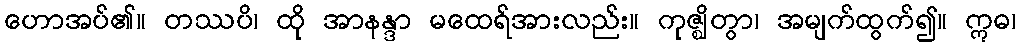
ဟောအပ်၏။ တဿပိ၊ ထို အာနန္ဒာ မထေရ်အားလည်း။ ကုဇ္ဈိတွာ၊ အမျက်ထွက်၍။ ဣဓ၊